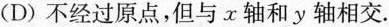
(D)不经过原点，但与x轴和y轴相交.